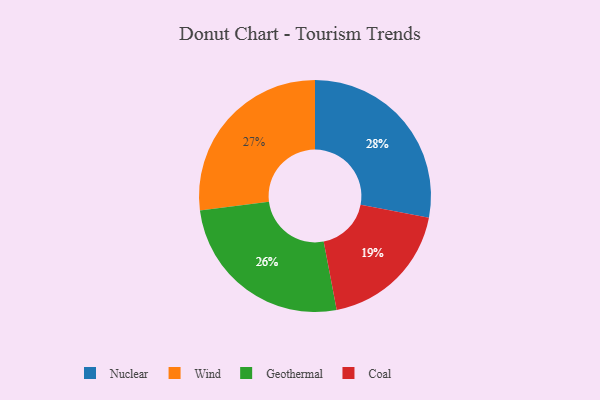
{"axis": {"x": "Category", "y": "Percentage"}, "legend": ["Coal", "Geothermal", "Nuclear", "Wind"], "data": [{"x": "Wind", "y": 27, "type": "Wind"}, {"x": "Coal", "y": 19, "type": "Coal"}, {"x": "Geothermal", "y": 26, "type": "Geothermal"}, {"x": "Nuclear", "y": 28, "type": "Nuclear"}]}